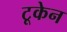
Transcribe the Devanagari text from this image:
टूकेन